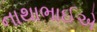
નાથાભાઈએ